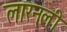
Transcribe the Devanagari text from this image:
लारनली